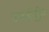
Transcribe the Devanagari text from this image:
उपमहीद्वीप